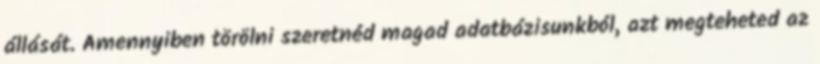
állását. Amennyiben törölni szeretnéd magad adatbázisunkból, azt megteheted az